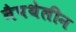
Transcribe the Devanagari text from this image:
नैपथेलीन